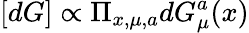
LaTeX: [dG]\propto\Pi_{x,\mu,a}dG_{\mu}^{a}(x)